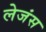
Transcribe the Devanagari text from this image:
लेजंस